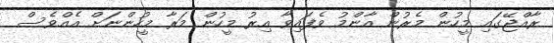
ރާއްޖޭގައި މީހުން މެރުން އާންމު ވެފައިވާ އިރު މީހުން މަރާ މީހުންނަށް އެއްވެސް